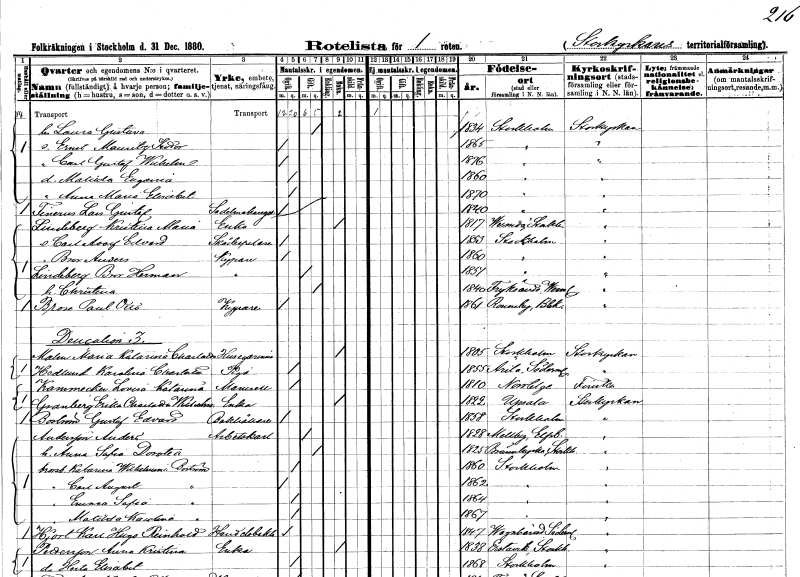
gt_parse: households: individuals: FN: Laura Gustava
KON: K
CIV: G
FODAR: 1834
FODFORS: Stockholm
FN: Ernst Mauritz Teodor
KON: M
CIV: O
FODAR: 1865
FODFORS: Stockholm
FN: Carl Gustaf Wilhelm
KON: M
CIV: O
FODAR: 1876
FODFORS: Stockholm
FN: Matilda Eugenia
KON: K
CIV: O
FODAR: 1860
FODFORS: Stockholm
FN: Anna Maria Elisabet
KON: K
CIV: O
FODAR: 1870
FODFORS: Stockholm
FN: Lars Gustaf
EN: Fenerus
YRKE: Sadelmakaregesäll
KON: M
CIV: O
FODAR: 1840
FODFORS: Stockholm
FN: Kristina Maria
EN: Lindberg
YRKE: Änka
KON: K
CIV: E
FODAR: 1817
FODFORS: Värmdö Stockholms län
FN: Carl Adolf Edvard
YRKE: Skådespelare
KON: M
CIV: O
FODAR: 1853
FODFORS: Stockholm
FN: Bror Anders
YRKE: Kypare
KON: M
CIV: O
FODAR: 1860
FODFORS: Stockholm
FN: Bror Herman
EN: Lindberg
YRKE: Kypare
KON: M
CIV: G
FODAR: 1851
FODFORS: Stockholm
FN: Christina
KON: K
CIV: G
FODAR: 1840
FODFORS: Fryksände Värmlands län
FN: Paul Otto
EN: Brose
YRKE: Kypare
KON: M
CIV: O
FODAR: 1861
FODFORS: Ronneby Blekinge län
FN: Maria Katarina Charlotta
EN: Malm
YRKE: Husägarinna
KON: K
CIV: E
FODAR: 1805
FODFORS: Stockholm
FN: Karolina Charlotta
EN: Hedlund
YRKE: Piga
KON: K
CIV: O
FODAR: 1855
FODFORS: Ärla Södermanlands län
FN: Lovisa Katarina
EN: Kammecker
KON: K
CIV: O
FODAR: 1810
FODFORS: Norrtälje Stockholms län
FN: Erika Charlotta Wilhelmina
EN: Granberg
YRKE: Änka
KON: K
CIV: E
FODAR: 1822
FODFORS: Uppsala Uppsala län
FN: Gustaf Edvard
EN: Boström
YRKE: Bokhållare
KON: M
CIV: O
FODAR: 1858
FODFORS: Stockholm
FN: Anders
EN: Andersson
YRKE: Arbetskarl
KON: M
CIV: G
FODAR: 1828
FODFORS: Mellby Älvsborgs län
FN: Anna Sofia Dorotea
KON: K
CIV: G
FODAR: 1825
FODFORS: Brännkyrka Stockholms län
FN: Katarina Wilhelmina
EN: Boström
KON: K
CIV: O
FODAR: 1860
FODFORS: Stockholm
FN: Carl August
EN: Broström
KON: M
CIV: O
FODAR: 1862
FODFORS: Stockholm
FN: Emma Sofia
EN: Broström
KON: K
CIV: O
FODAR: 1864
FODFORS: Stockholm
FN: Matilda Karolina
EN: Broström
KON: K
CIV: O
FODAR: 1867
FODFORS: Stockholm